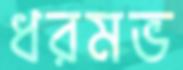
ধরমভ